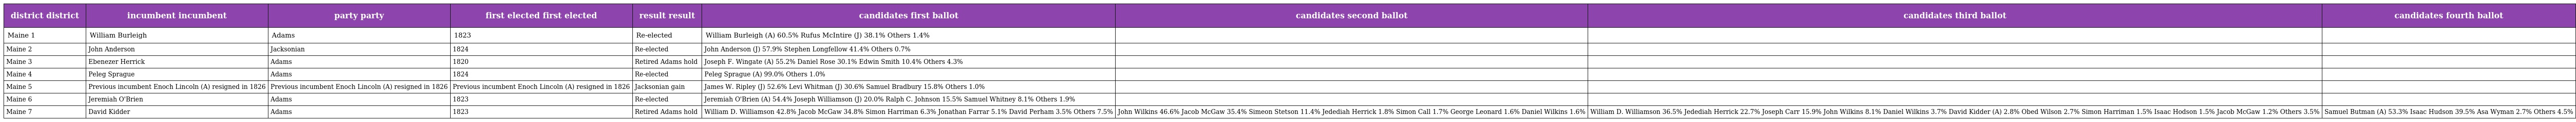
| district district | incumbent incumbent | party party | first elected first elected | result result | candidates first ballot | candidates second ballot | candidates third ballot | candidates fourth ballot |
 | --- | --- | --- | --- | --- | --- | --- | --- | --- |
 | Maine 1 | William Burleigh | Adams | 1823 | Re-elected | William Burleigh (A) 60.5% Rufus McIntire (J) 38.1% Others 1.4% |  |  |  |
 | Maine 2 | John Anderson | Jacksonian | 1824 | Re-elected | John Anderson (J) 57.9% Stephen Longfellow 41.4% Others 0.7% |  |  |  |
 | Maine 3 | Ebenezer Herrick | Adams | 1820 | Retired Adams hold | Joseph F. Wingate (A) 55.2% Daniel Rose 30.1% Edwin Smith 10.4% Others 4.3% |  |  |  |
 | Maine 4 | Peleg Sprague | Adams | 1824 | Re-elected | Peleg Sprague (A) 99.0% Others 1.0% |  |  |  |
 | Maine 5 | Previous incumbent Enoch Lincoln (A) resigned in 1826 | Previous incumbent Enoch Lincoln (A) resigned in 1826 | Previous incumbent Enoch Lincoln (A) resigned in 1826 | Jacksonian gain | James W. Ripley (J) 52.6% Levi Whitman (J) 30.6% Samuel Bradbury 15.8% Others 1.0% |  |  |  |
 | Maine 6 | Jeremiah O'Brien | Adams | 1823 | Re-elected | Jeremiah O'Brien (A) 54.4% Joseph Williamson (J) 20.0% Ralph C. Johnson 15.5% Samuel Whitney 8.1% Others 1.9% |  |  |  |
 | Maine 7 | David Kidder | Adams | 1823 | Retired Adams hold | William D. Williamson 42.8% Jacob McGaw 34.8% Simon Harriman 6.3% Jonathan Farrar 5.1% David Perham 3.5% Others 7.5% | John Wilkins 46.6% Jacob McGaw 35.4% Simeon Stetson 11.4% Jedediah Herrick 1.8% Simon Call 1.7% George Leonard 1.6% Daniel Wilkins 1.6% | William D. Williamson 36.5% Jedediah Herrick 22.7% Joseph Carr 15.9% John Wilkins 8.1% Daniel Wilkins 3.7% David Kidder (A) 2.8% Obed Wilson 2.7% Simon Harriman 1.5% Isaac Hodson 1.5% Jacob McGaw 1.2% Others 3.5% | Samuel Butman (A) 53.3% Isaac Hudson 39.5% Asa Wyman 2.7% Others 4.5% |